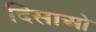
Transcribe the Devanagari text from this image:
दिसाओ